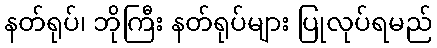
နတ်ရုပ်၊ ဘိုကြီး နတ်ရုပ်များ ပြုလုပ်ရမည်